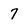
Character: 7